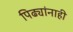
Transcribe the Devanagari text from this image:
पिढ्यांनाही